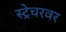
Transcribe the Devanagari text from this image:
स्ट्रेचरवर